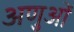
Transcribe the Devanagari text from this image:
अणुआें